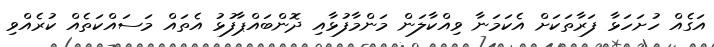
އަގެއް ހުށަހަޅާ ފަރާތަކަށް އެކަމަނާ ވިއްކާލަން މަންމާފުޅާއި ދޮންބައްޕާފުޅު އެތައް މަސައްކަތެއް ކުރެއްވި